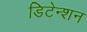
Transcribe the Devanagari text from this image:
डिटेन्शन